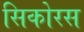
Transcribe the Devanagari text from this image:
सिकोरस